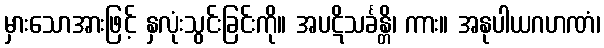
မှားသောအားဖြင့် နှလုံးသွင်းခြင်းကို။ အပဋိသင်္ခန္တိ၊ ကား။ အနုပါယဂဟဏံ၊